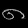
Digit: ၈